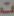
ت